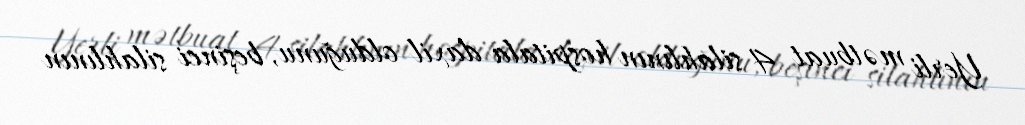
Yerli mətbuat 4 silahlının hospitala daxil olduğunu, beşinci silahlının